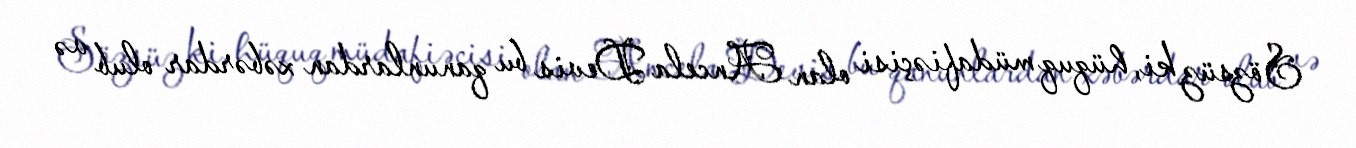
Sözsüz ki, hüquq müdafiəçisi olan Ancela Devis bu qanunlardan xəbərdar olub və